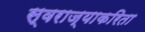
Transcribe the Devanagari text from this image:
स्वराज्याकरिता